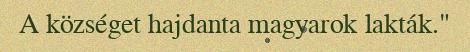
A községet hajdanta magyarok lakták."